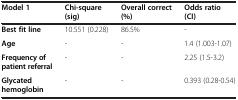
| Model 1 | Chi-square (sig) | Overall correct (%) | Odds ratio (CI) |
 | --- | --- | --- | --- |
 | Best fit line | 10.551 (0.228) | 86.5% | - |
 | Age | - | - | 1.4 (1.003-1.07) |
 | Frequency of patient referral | - | - | 2.25 (1.5-3.2) |
 | Glycated hemoglobin | - | - | 0.393 (0.28-0.54) |